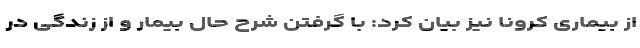
از بیماری کرونا نیز بیان کرد: با گرفتن شرح حال بیمار و از زندگی در